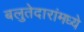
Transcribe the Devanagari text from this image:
बलुतेदारांमध्ये